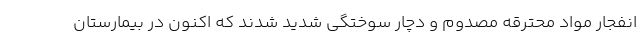
انفجار مواد محترقه مصدوم و دچار سوختگی شدید شدند که اکنون در بیمارستان